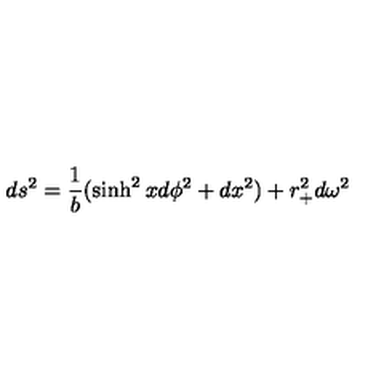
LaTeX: d s ^ { 2 } = { \frac { 1 } { b } } ( \sinh ^ { 2 } x d \phi ^ { 2 } + d x ^ { 2 } ) + r _ { + } ^ { 2 } d \omega ^ { 2 }